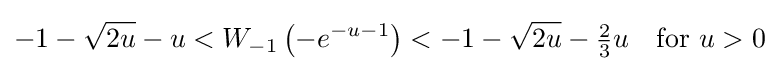
-1-{\sqrt {2u}}-u<W_{-1}\left(-e^{-u-1}\right)<-1-{\sqrt {2u}}-{\tfrac {2}{3}}u\quad {\text{for }}u>0